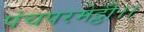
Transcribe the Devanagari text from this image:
पंचपरमेट्ठी।।